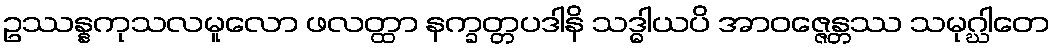
ဥဿန္နကုသလမူလော ဖလတ္ထာ နက္ခတ္တပဒါနိ သဒ္ဓါယပိ အာဝဇ္ဇေန္တဿ သမုဂ္ဃါတေ